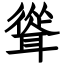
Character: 聳